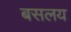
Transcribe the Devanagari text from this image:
बसलय